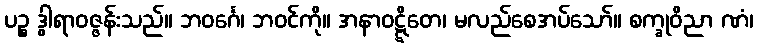
ပဉ္စ ဒွါရာဝဇ္ဇန်းသည်။ ဘဝင်္ဂေ၊ ဘဝင်ကို။ အနာဝဋ္ဋိတေ၊ မလည်စေအပ်သော်။ စက္ခုဝိညာ ဏံ၊